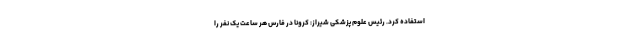
استفاده کرد. رئیس علوم پزشکی شیراز: کرونا در فارس هر ساعت یک نفر را